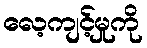
လေ့ကျင့်မှုကို